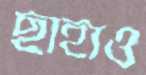
ছাহাও